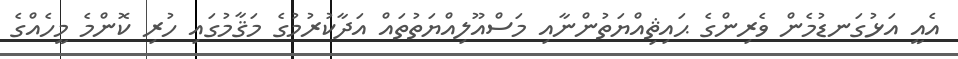
އެއީ އަޅުގަނޑުމެން ވެރިންގެ ޙައިޘިއްޔަތުންނާއި މަސްއޫލިއްޔަތުތައް އަދާކުރުމުގެ މަޤާމުގައި ހުރި ކޮންމެ މީހެއްގެ